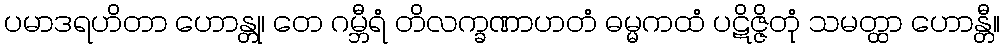
ပမာဒရဟိတာ ဟောန္တု၊ တေ ဂမ္ဘီရံ တိလက္ခဏာဟတံ ဓမ္မကထံ ပဋိဇ္ဇိတုံ သမတ္ထာ ဟောန္တီ။